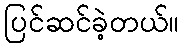
ပြင်ဆင်ခဲ့တယ်။